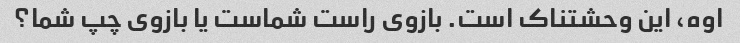
اوه، این وحشتناک است. بازوی راست شماست یا بازوی چپ شما؟